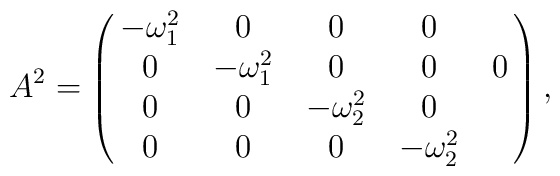
A^{2}=\left (\matrix{-\omega _{1}^{2}&0&0&0\cr0&-\omega _{1}^{2}&0&0&0\cr0&0&-\omega _{2}^{2}&0\cr0&0&0&-\omega _{2}^{2}}\right ),